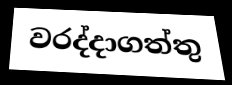
වරද්දාගත්තු